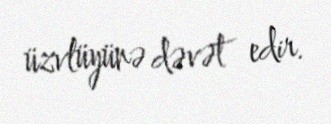
üzvlüyünə dəvət edir.